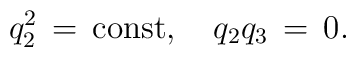
q_2^2 \,=\,\mbox{const}, \quad q_2q_3\,=\,0.